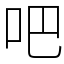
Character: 吧